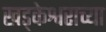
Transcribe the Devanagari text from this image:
खड्केश्वराच्या